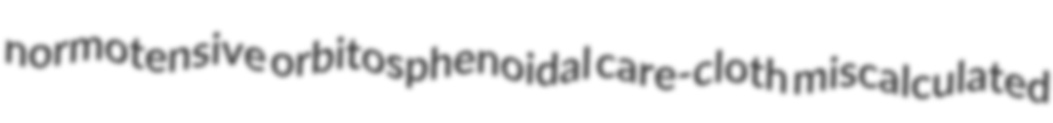
normotensive orbitosphenoidal care-cloth miscalculated